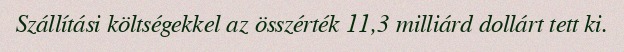
Szállítási költségekkel az összérték 11,3 milliárd dollárt tett ki.